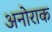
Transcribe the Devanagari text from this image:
अनोराक